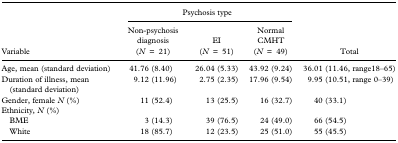
<table><thead><tr><td></td><td colspan="3"><b>Psychosis type</b></td><td></td></tr><tr><td><b>Variable</b></td><td><b>Non-psychosis diagnosis (N=21)</b></td><td><b>EI (N=51)</b></td><td><b>Normal CMHT (N=49)</b></td><td><b>Total</b></td></tr></thead><tbody><tr><td>Age, mean (standard deviation)</td><td>41.76 (8.40)</td><td>26.04 (5.33)</td><td>43.92 (9.24)</td><td>36.01 (11.46, range18–65)</td></tr><tr><td>Duration of illness, mean (standard deviation)</td><td>9.12 (11.96)</td><td>2.75 (2.35)</td><td>17.96 (9.54)</td><td>9.95 (10.51, range 0–39)</td></tr><tr><td>Gender, female <i>N</i> (%)</td><td>11(52.4)</td><td>13(25.5)</td><td>16(32.7)</td><td>40(33.1)</td></tr><tr><td>Ethnicity, <i>N</i> (%)</td><td></td><td></td><td></td><td></td></tr><tr><td> BME</td><td>3(14.3)</td><td>39(76.5)</td><td>24(49.0)</td><td>66(54.5)</td></tr><tr><td> White</td><td>18(85.7)</td><td>12(23.5)</td><td>25(51.0)</td><td>55(45.5)</td></tr></tbody></table>